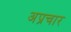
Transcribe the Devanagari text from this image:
अप्रचार